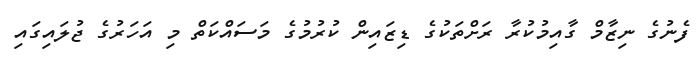
ފެނުގެ ނިޒާމް ގާއިމުކުރާ ރަށްތަކުގެ ޑިޒައިން ކުރުމުގެ މަސައްކަތް މި އަހަރުގެ ޖުލައިގައި